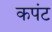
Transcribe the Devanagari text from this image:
कपंट